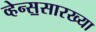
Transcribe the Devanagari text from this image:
व्हेन्स॒सारख्या